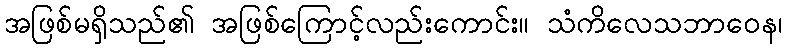
အဖြစ်မရှိသည်၏ အဖြစ်ကြောင့်လည်းကောင်း။ သံကိလေသဘာဝေန၊